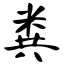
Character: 粪